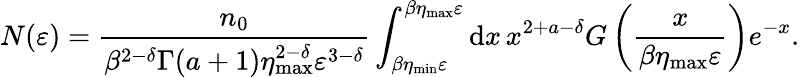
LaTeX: N(\varepsilon)=\frac{n_{0}}{\beta^{2-\delta}\Gamma(a+1)\eta_{\mathrm{max}}^{2-\delta}\varepsilon^{3-\delta}}\int_{\beta\eta_{\mathrm{min}}\varepsilon}^{{\beta\eta_{\mathrm{max}}\varepsilon}}\mathrm{d}x\, x^{2+a-\delta}G\left(\frac{x}{\beta\eta_{\mathrm{max}}\varepsilon}\right)e^{-x}.